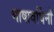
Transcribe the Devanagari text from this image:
भाषावर्धिनी